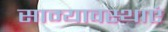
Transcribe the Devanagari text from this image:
साम्यावस्थाएं